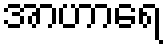
အာဟာရေ